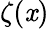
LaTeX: \zeta(\mathit{x})